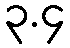
၃.၄